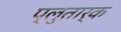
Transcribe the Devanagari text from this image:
प्लुतार्क